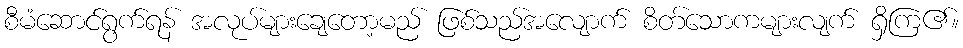
စီမံဆောင်ရွက်ရန် အလုပ်များချေတော့မည် ဖြစ်သည်အလျောက် စိတ်သောကများလျက် ရှိကြ၏။